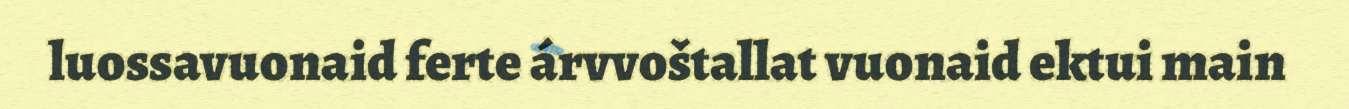
luossavuonaid ferte árvvoštallat vuonaid ektui main